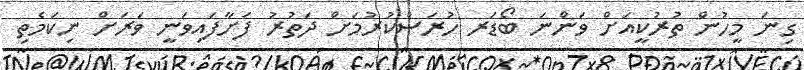
ގިނަ މީހުން ތުރުކީއަށް ވަންނަ ބޯޑަރ ހުރަސްކުރުމަށް ދަތުރު ފަށާފައިވަނީ ވަރަށް ނިކަމެތި